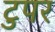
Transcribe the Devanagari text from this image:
टुपर